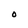
Character: O